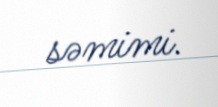
səmimi.